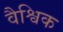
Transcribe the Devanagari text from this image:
वैश्विक